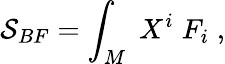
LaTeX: \mathcal{S}_{BF}=\int_{M}\; X^{i}\; F_{i}\; ,